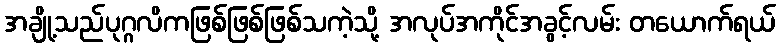
အချို့သည်ပုဂ္ဂလိကဖြစ်ဖြစ်ဖြစ်သကဲ့သို့ အလုပ်အကိုင်အခွင့်လမ်း တယောက်ရယ်